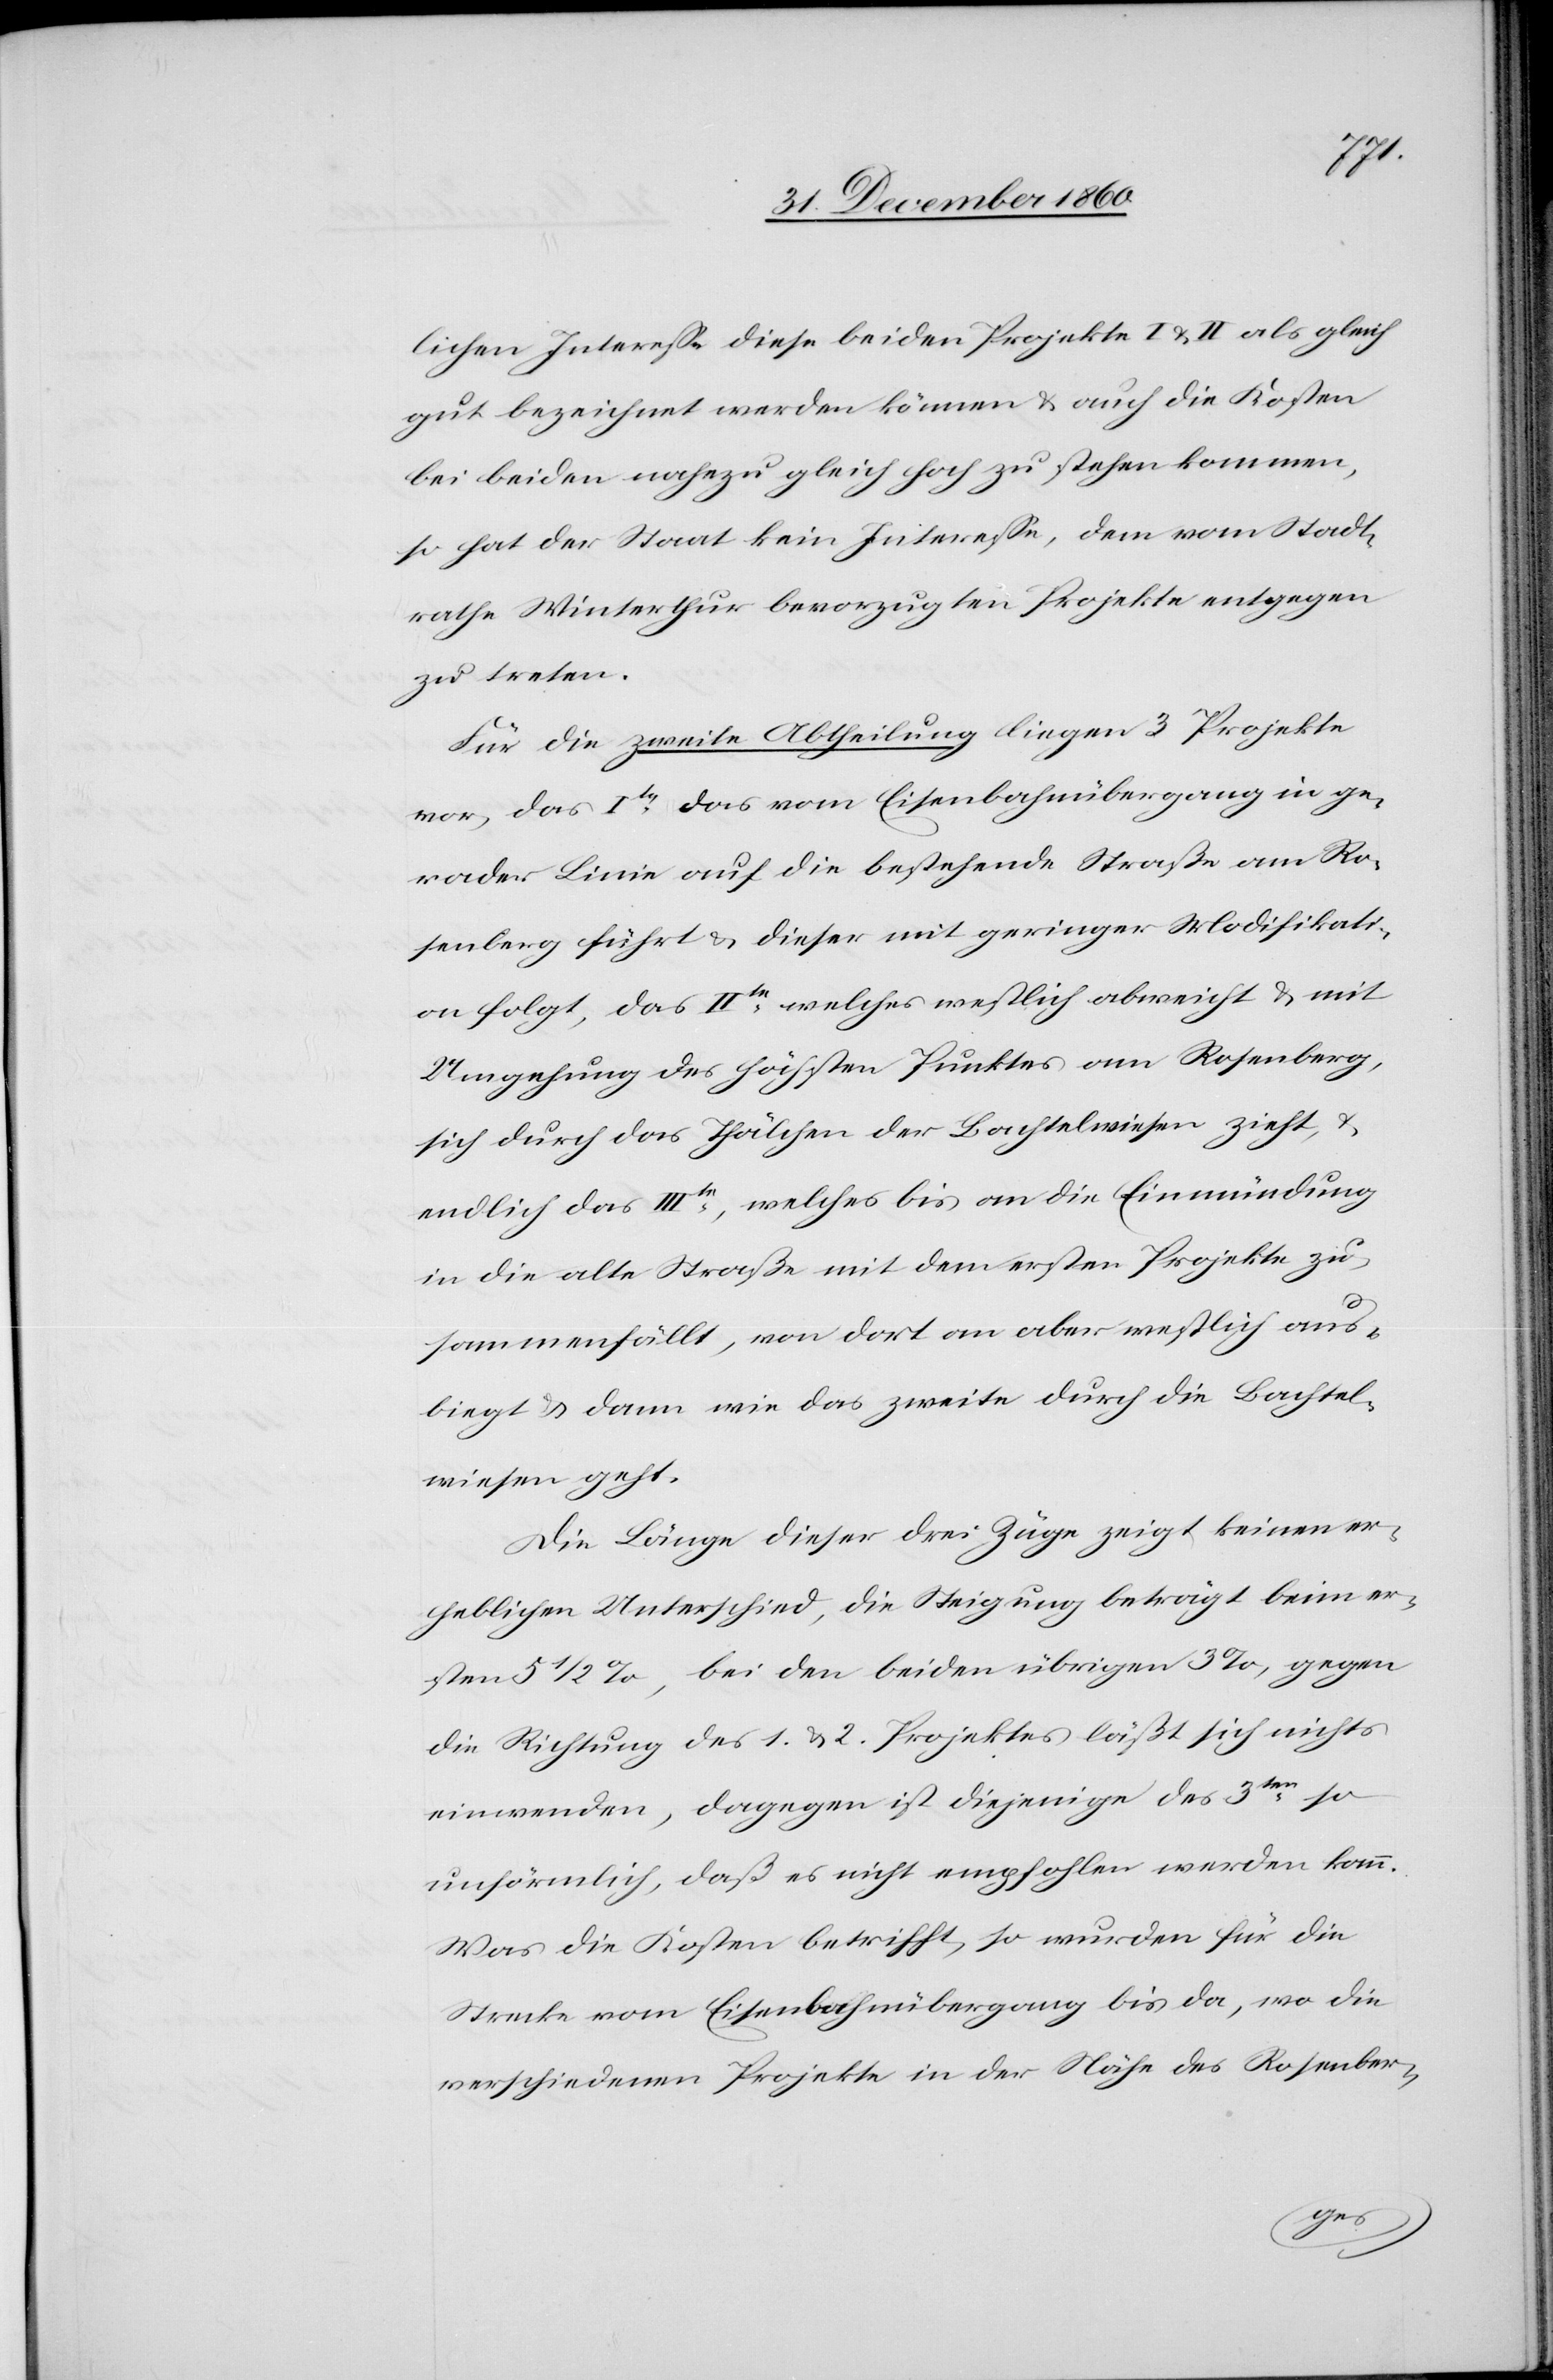
llichen Interesse diese beiden Projekte I u. II als gleich
gut bezeichnet werden können u. auch die Kosten
bei beiden nahezu gleich hoch zu stehen kommen,
so hat der Staat kein Interesse, dem vom Stadt¬
rathe Winterthur bevorzugten Projekte entgegen
zu treten.
Für die zweite Abtheilung liegen 3 Projekte
vor, das Ite das vom Eisenbahnübergang in ge¬
rader Linie auf die bestehende Straße am Ro¬
senberg führt u. dieser mit geringer Modifikati¬
on folgt, das IIte welches wesentlich abweicht u. mit
Umgehung des höchsten Punktes am Rosenberg,
sich durch das Thälchen der Bachtelwiesen zieht, u.
endlich das IIIte, welches bis an die Einmündung
in die alte Straße mit dem ersten Projekte zu¬
sammenfällt, von dort an aber westlich aus¬
biegt u. dann wie das zweite durch die Bachtel¬
wiesen geht.
Die Länge dieser drei Züge zeigt keinen er¬
heblichen Unterschied, die Steigung beträgt beim er¬
sten 5 1/2%, bei den beiden übrigen 3%, gegen
die Richtung des 1. u. 2. Projektes läßt sich nichts
einwenden, dagegen ist diejenige des 3ten so
unförmlich, daß es nicht empfohlen werden kann.
Was die Kosten betrifft, so wurden für die
Strecke vom Eisenbahnübergang bis da, wo die
verschiedenen Projekte in der Nähe des Rosenber-